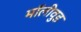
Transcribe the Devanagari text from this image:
मॉलीवुड